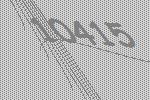
10415